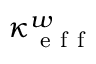
\kappa _ { \mathrm { ~ e ~ f ~ f ~ } } ^ { w }